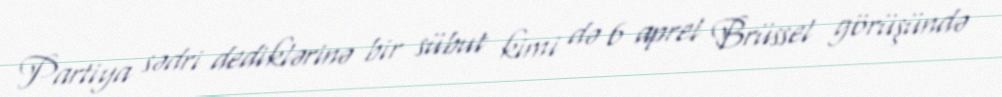
Partiya sədri dediklərinə bir sübut kimi də 6 aprel Brüssel görüşündə